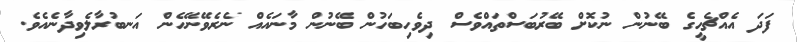
ފަދަ އެއްޗެހީގެ ބޭނުން ނުކޮށް ބޭރުބަސްތައްވެސް ދިވެހިބަހުން ބޭނުން މާނައެއް ނެރެވޭނޭހެން އަނބުރާލެވިދާނެއެވެ.